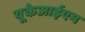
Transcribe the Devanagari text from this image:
यूकेआईएम